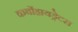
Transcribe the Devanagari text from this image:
कर्बोहायड्रेटस